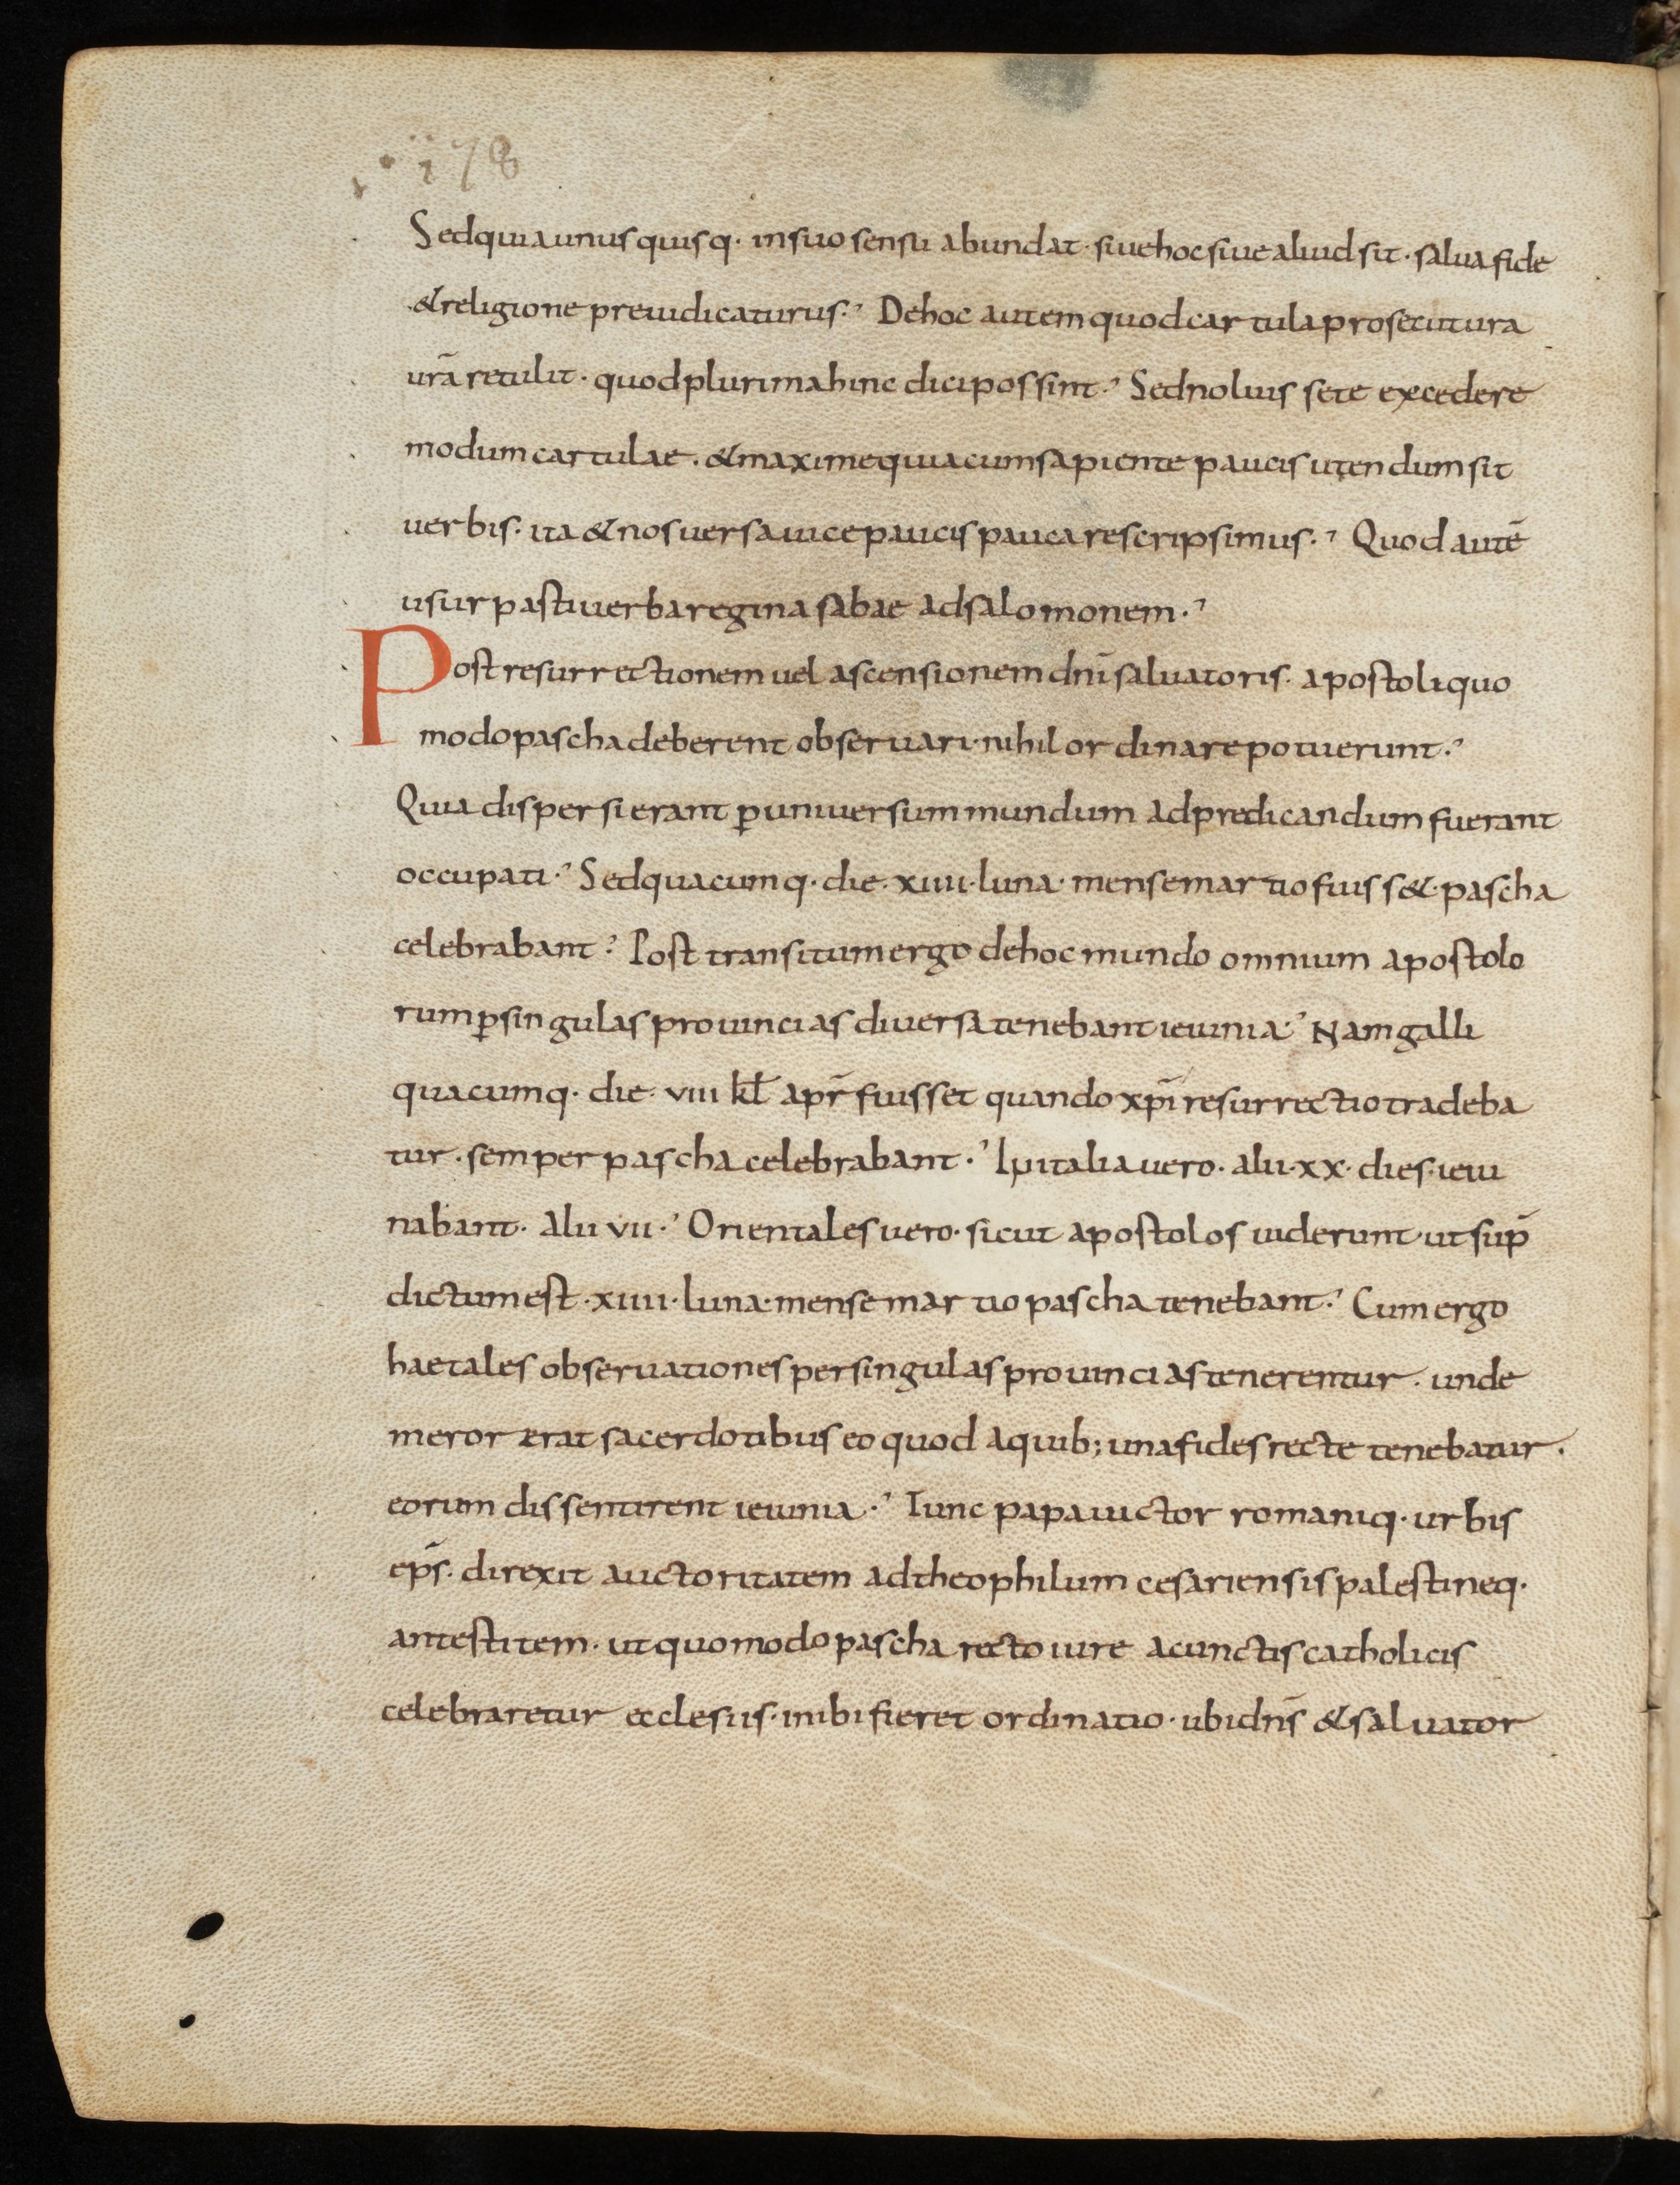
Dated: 900–999